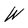
Character: W